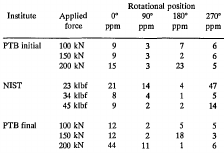
<table><thead><tr><td rowspan="2"><b>Institute</b></td><td rowspan="2"><b>Applied force</b></td><td colspan="4"><b>Rotational position</b></td></tr><tr><td><b>0° ppm</b></td><td><b>90° ppm</b></td><td><b>180° ppm</b></td><td><b>270° ppm</b></td></tr></thead><tbody><tr><td rowspan="3">PTB initial</td><td>100 kN</td><td>9</td><td>3</td><td>7</td><td>6</td></tr><tr><td>150 kN</td><td>9</td><td>3</td><td>2</td><td>6</td></tr><tr><td>200 kN</td><td>15</td><td>3</td><td>23</td><td>5</td></tr><tr><td rowspan="3">NIST</td><td>23 klbf</td><td>21</td><td>14</td><td>4</td><td>47</td></tr><tr><td>34 klbf</td><td>8</td><td>4</td><td>1</td><td>5</td></tr><tr><td>45 klbf</td><td>9</td><td>2</td><td>2</td><td>14</td></tr><tr><td rowspan="3">PTB final</td><td>100 kN</td><td>12</td><td>2</td><td>5</td><td>5</td></tr><tr><td>150 kN</td><td>12</td><td>2</td><td>18</td><td>3</td></tr><tr><td>200 kN</td><td>44</td><td>11</td><td>1</td><td>6</td></tr></tbody></table>